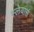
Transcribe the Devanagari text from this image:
स्लेयार्स